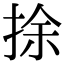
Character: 捈